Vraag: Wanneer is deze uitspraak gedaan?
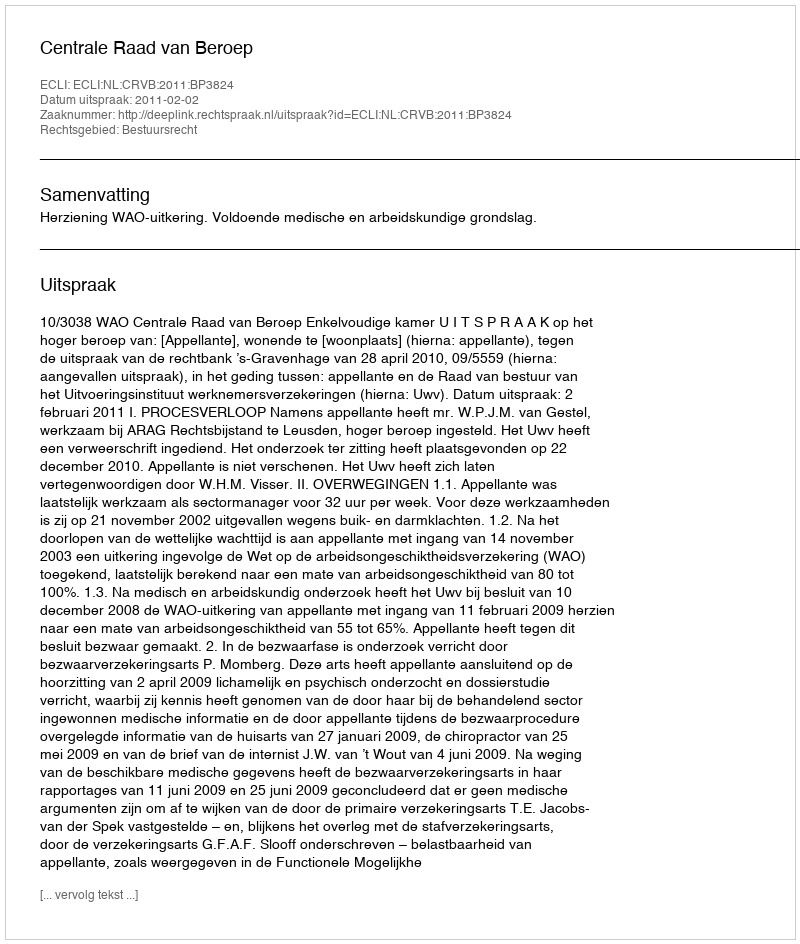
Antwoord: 2011-02-02